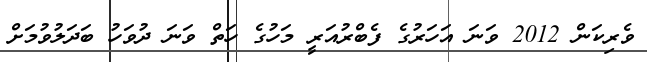
ވެރިކަން 2012 ވަނަ އަހަރުގެ ފެބްރުއަރީ މަހުގެ ހަތް ވަނަ ދުވަހު ބަދަލުވުމަށް